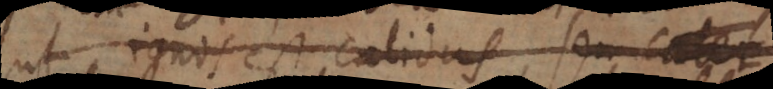
ut ignis est calidus, seu calor